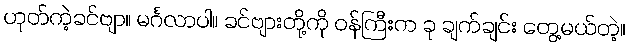
ဟုတ်ကဲ့ခင်ဗျာ။ မင်္ဂလာပါ။ ခင်ဗျားတို့ကို ဝန်ကြီးက ခု ချက်ချင်း တွေ့မယ်တဲ့။